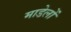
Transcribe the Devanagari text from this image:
माडेलों